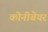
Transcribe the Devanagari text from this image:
कोनीबेयर